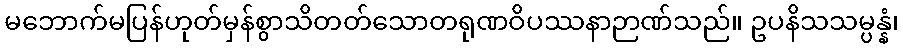
မဘောက်မပြန်ဟုတ်မှန်စွာသိတတ်သောတရုဏဝိပဿနာဉာဏ်သည်။ ဥပနိသသမ္ပန္နံ၊